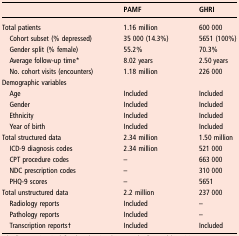
<table><thead><tr><td></td><td><b>PAMF</b></td><td><b>GHRI</b></td></tr></thead><tbody><tr><td>Total patients</td><td>1.16 million</td><td>600 000</td></tr><tr><td> Cohort subset (% depressed)</td><td>35 000 (14.3%)</td><td>5651 (100%)</td></tr><tr><td> Gender split (% female)</td><td>55.2%</td><td>70.3%</td></tr><tr><td> Average follow-up time*</td><td>8.02 years</td><td>2.50 years</td></tr><tr><td> No. cohort visits (encounters)</td><td>1.18 million</td><td>226 000</td></tr><tr><td colspan="3">Demographic variables</td></tr><tr><td> Age</td><td>Included</td><td>Included</td></tr><tr><td> Gender</td><td>Included</td><td>Included</td></tr><tr><td> Ethnicity</td><td>Included</td><td>Included</td></tr><tr><td> Year of birth</td><td>Included</td><td>Included</td></tr><tr><td>Total structured data</td><td>2.34 million</td><td>1.50 million </td></tr><tr><td> ICD-9 diagnosis codes</td><td>2.34 million </td><td>521 000</td></tr><tr><td> CPT procedure codes</td><td>–</td><td>663 000</td></tr><tr><td> NDC prescription codes</td><td>–</td><td>310 000</td></tr><tr><td> PHQ-9 scores</td><td>–</td><td>5651</td></tr><tr><td>Total unstructured data</td><td>2.2 million</td><td>237 000</td></tr><tr><td> Radiology reports</td><td>Included</td><td>–</td></tr><tr><td> Pathology reports</td><td>Included</td><td>–</td></tr><tr><td> Transcription reports†</td><td>Included</td><td>Included</td></tr></tbody></table>